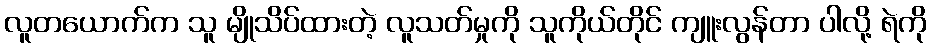
လူတယောက်က သူ မျိုသိပ်ထားတဲ့ လူသတ်မှုကို သူကိုယ်တိုင် ကျူးလွန်တာ ပါလို့ ရဲကို